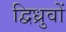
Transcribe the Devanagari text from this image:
द्विध्रुवों